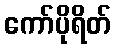
ကော်ပိုရိတ်